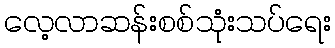
လေ့လာဆန်းစစ်သုံးသပ်ရေး